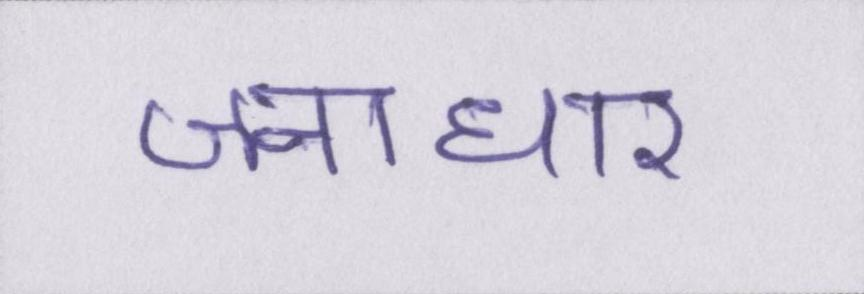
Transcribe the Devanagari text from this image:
जनाधार